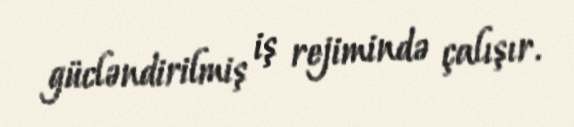
gücləndirilmiş iş rejimində çalışır.